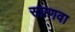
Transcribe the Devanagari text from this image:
सप्रणवा